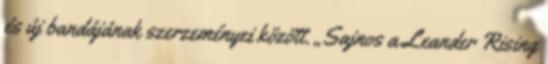
és új bandájának szerzeményei között. „Sajnos a Leander Rising